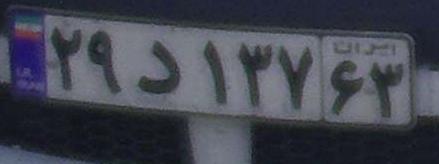
۲۹د۱۳۷۶۳